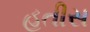
હતીસ